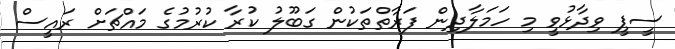
ސީޕީ ވިދާޅުވީ މި ހަމަލާދިން ފަރާތްތަކުން ގަބޫލު ކުރާ ކުރުމުގެ މައްޗަށް ރައީސް